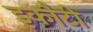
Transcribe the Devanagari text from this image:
इकौटी